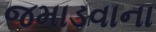
જમાડવાના